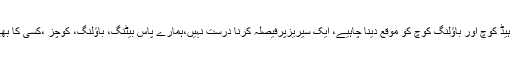
محمد وسیم نے کہا کہ پاکستان میں انٹرنیشنل کرکٹ واپس آنا خوش آئند ہے، ہیڈ کوچ اور باﺅلنگ کوچ کو موقع دینا چاہیے، ایک سیریزپرفیصلہ کرنا درست نہیں،ہمارے پاس بیٹنگ، باﺅلنگ، کوچز ،کسی کا بھی بیک اپ موجود نہیں،سرفراز احمد اوراظہرعلی کا موازنہ درست نہیں ہے۔